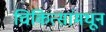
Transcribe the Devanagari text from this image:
चिकित्सांमधून